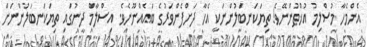
އެންމެހާ މުސްލިމު އުޚްތުންނޭވެ! ތިޔަކަނބަލުންނަކީ އެހާ ދަށްފެންވަރުގެ ބައެއްނޫނެވެ. އިސްލާމް ދީނުގައި ތިޔަކަނބަލުންނަށް